Statistical return of the lunatic asylum in Assam - 1912-1932
Year: 1912
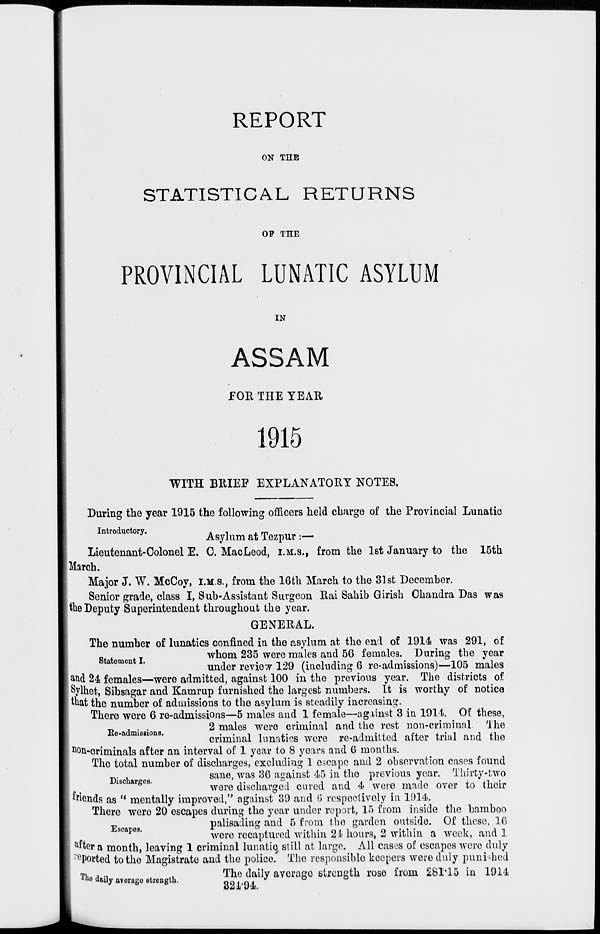
REPORT
ON THE
STATISTICAL RETURNS
OP THE
PROVINCIAL LUNATIC ASYLUM
IN
ASSAM
.FOR THE YEAR
1915
WITH BRIEF EXPLANATORY NOTES.
During the year 1915 the following officers held charge of the Provincial Lunatic
Introductory.
.
.
. _
Asylum at Tezpur :—
Lieutenant-Colonel E. 0. MacLeod, I.M.S., from the 1st January to the 15th
March.
Major J. W. McCoy, I.M.S., from the 16th March to the 31st December.
Senior grade, class I, Sub-Assistant Surgeon Rai Sahib Girish Chandra Das was
the Deputy Superintendent throughout the year.
GENERAL.
The number of lunatics confined in the asylum at the end of 1914 was 291, of
g , t
tI
whom 235 were males and 56 females. During the year
under review 129 (including 6 re-admissions)—105 males
and 24 females—were admitted, against 100 in the previous year. The districts of
Sylhet, Sibsagar and Kamrup furnished the largest numbers. It is worthy of notice
that the number of admissions to the asylum is steadily increasing.
There were 6 re-admissions—5 males and 1 female—agiinst 3 in 1914. Of these,
- , . .
2 males were criminal and the rest non-criminal The
Jie-admisBions.
.
.
, .
„
. .
criminal lunatics were re-admitted alter trial and the
non-criminals after an interval of 1 year to 8 years and 6 months.
The total number of discharges, excluding 1 escape and 2 observation cases found
D> .
sane, was 36 against 45 in the previous year. Thirty-two
were discharged cured and 4 were made over to their
fiends as " mentally improved," against 39 and 6 respectively in 1914.
There were 20 escapes during the year under report, 15 from inside the bamboo
Eac
palisading and 5 from the garden outside. Of theso, 16
were recaptured within 21 hours, 2 within a week, and 1
&iter a month, leaving 1 criminal lunatic still at large. All cases of escapes were duly
sported to the Magistrate and the police. The responsible keepers were duly punished
Tfco daily a.orago BtrengU,
The daily average strength rose from 281-15 in 1914
o24'94.